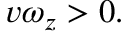
v \omega _ { z } > 0 .